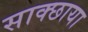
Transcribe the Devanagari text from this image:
साक्छाया